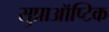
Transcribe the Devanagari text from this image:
सुप्राऑप्टिक